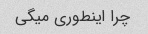
چرا اینطوری میگی